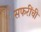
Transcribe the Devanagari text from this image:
सफरींची